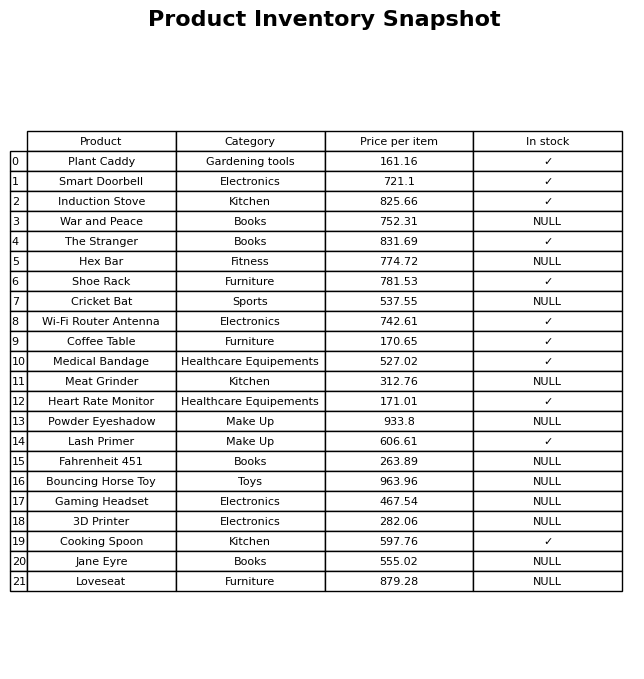
question: What is the price of the War and Peace?
answer: The price of War and Peace is 752.31.